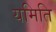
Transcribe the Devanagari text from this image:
यमिति